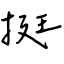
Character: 挺